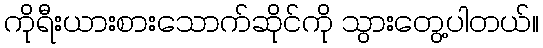
ကိုရီးယားစားသောက်ဆိုင်ကို သွားတွေ့ပါတယ်။